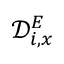
\mathcal { D } _ { i , x } ^ { E }